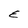
Character: E